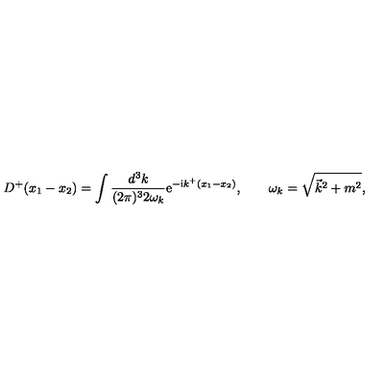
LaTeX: D ^ { + } ( x _ { 1 } - x _ { 2 } ) = \int \frac { d ^ { 3 } k } { ( 2 \pi ) ^ { 3 } 2 \omega _ { k } } \mathrm { e } ^ { - \mathrm { i } k ^ { + } ( x _ { 1 } - x _ { 2 } ) } , \qquad \omega _ { k } = \sqrt { \vec { k } ^ { 2 } + m ^ { 2 } } ,